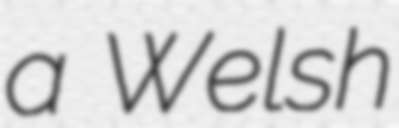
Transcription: a Welsh